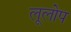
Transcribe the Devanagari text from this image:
लूलोप